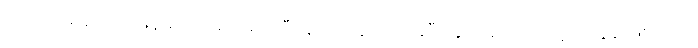
ပက်ထရစ်ရှာဟာ မြန်မာပြည်မှာ ပျော်ပြီး နယ်တွေဘက် ခရီးထွက်ချင်ပေမယ့် ခင်ပွန်းဖြစ်သူက